Leningradi_Edasi_toimetus, lk 5
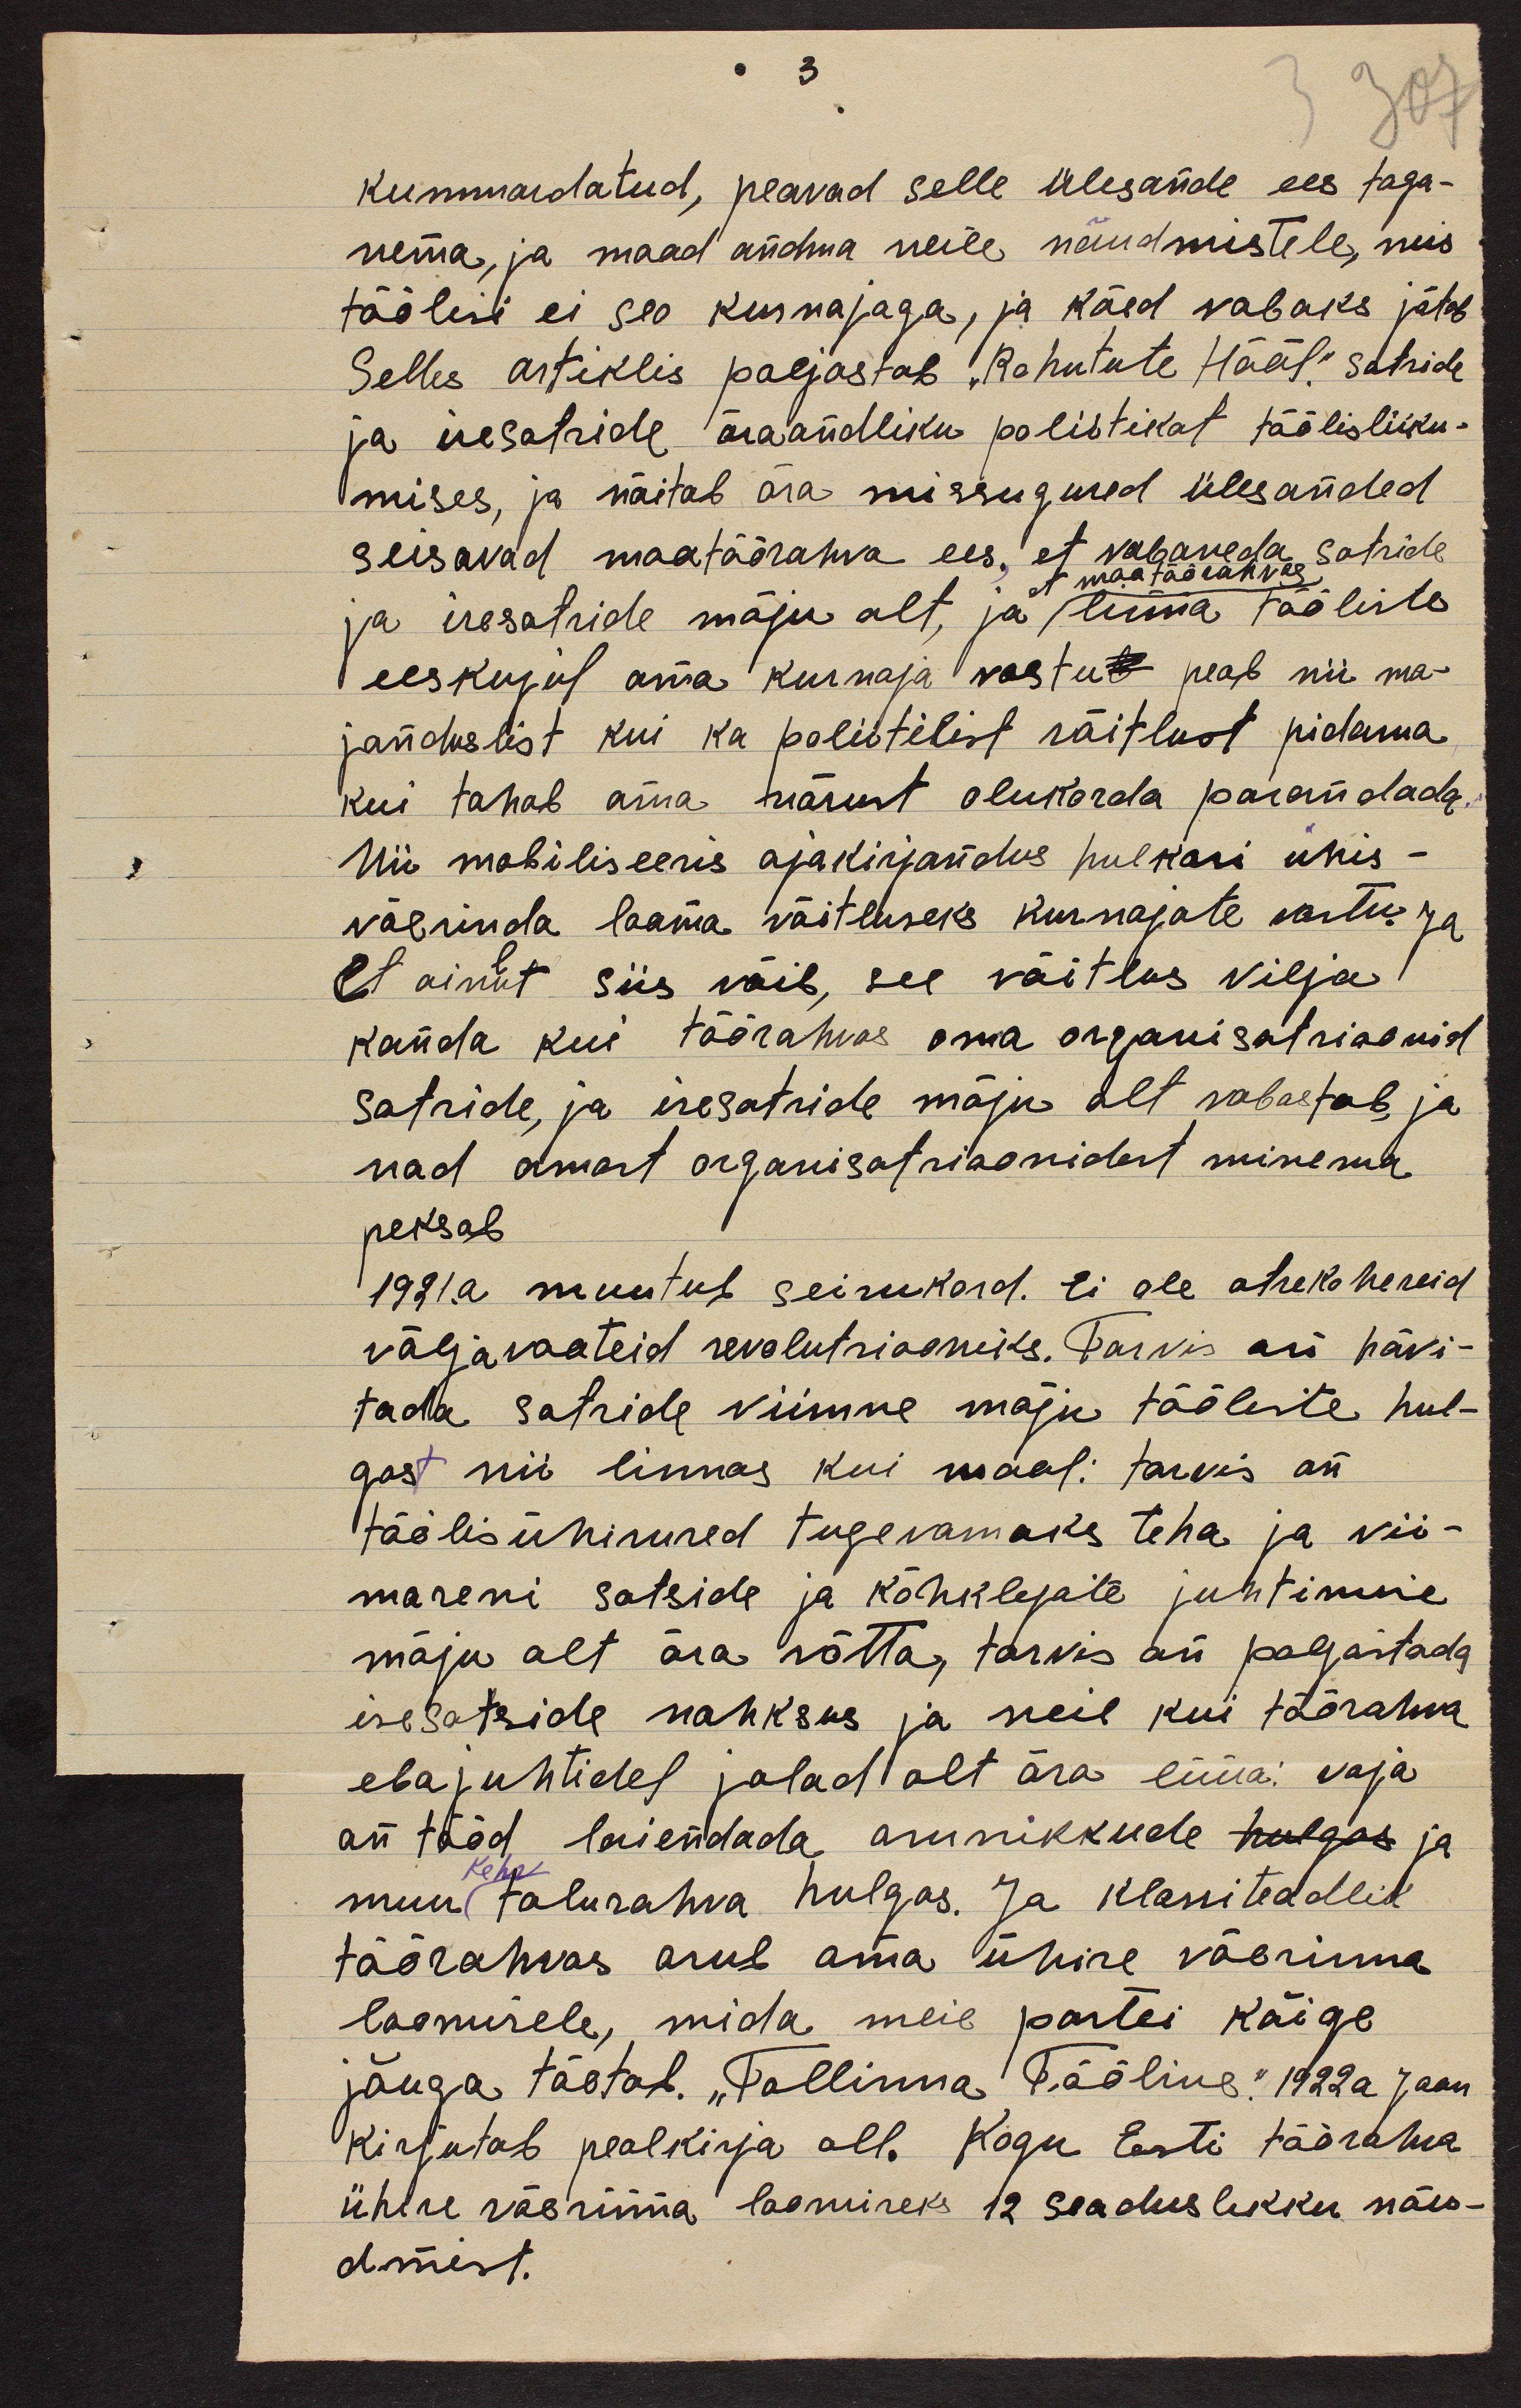
3.
kummardatud, peavad selle ülesande ees taga-
nema, ja maad andma neile nõudmistele, mis
töölisi ei seo kurnajaga, ja käed vabaks jätab
Selles artiklis paljastab "Rohutute Hääl." sotside
ja isesotside äraandliku poliitikat töölisliiku-
mises, ja näitab ära missugused ülesanded
seisavad maatöörahva ees, et vabaneda sotside
et maatöörahvas
ja isesotside mõju alt, ja linna tööliste
eeskujul oma kurnaja vastud peab nii ma-
janduslist kui ka poliitilist võitlust pidama
kui tahab oma närust olukorda parandada.
Nii mobiliseeris ajakirjandus hulkasi ühis-
väerinda looma võitluseks kurnajate vastu. Ja
Et ainut siis võib, see võitlus vilja
kanda kui töörahvas oma organisatsioonid
sotside, ja isesotside mõju alt vabastab, ja
nad omast organisatsioonidest minema
peksab
1921.a muutub seisukord. Ei ole otsekoheseid
väljavaateid revolutsiooniks. Tarvis on hävi-
tada sotside viimne mõju tööliste hul-
gast nii linnas kui maal: tarvis on
töölisühisused tugevamaks teha ja vii-
maseni sotside ja kõhklejate juhtimise
mõju alt ära võtta, tarvis on paljastada
isesotside nahksus ja neil kui töörahva
ebajuhtidel jalad alt ära lüüa: vaja
on tööd laiendada asunikkude hulgas ja
muu talurahva hulgas. Ja klassiteadlik
kehv
töörahvas asub oma ühise väerinna
loomisele, mida meie partei kõige
jõuga tõotab. "Tallinna Tööline." 1922a Jaan
kirjutab pealkirja all. Kogu Eesti töörahva
ühise väerinna loomiseks 12 seaduslikku nõu-
dmist.